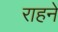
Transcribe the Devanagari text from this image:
राहने